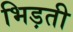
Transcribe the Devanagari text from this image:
भिड़ती